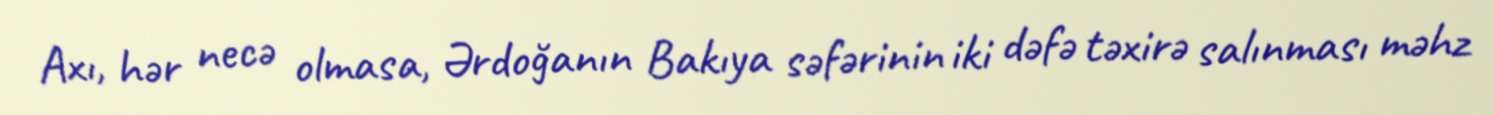
Axı, hər necə olmasa, Ərdoğanın Bakıya səfərinin iki dəfə təxirə salınması məhz